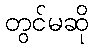
တွင်မဆို